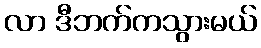
လာ ဒီဘက်ကသွားမယ်